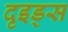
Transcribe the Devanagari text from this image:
दृइड्स